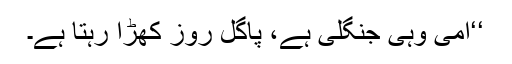
‘‘امی وہی جنگلی ہے، پاگل روز کھڑا رہتا ہے۔